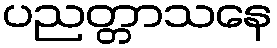
ပညတ္တာသနေ